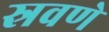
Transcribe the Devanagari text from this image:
स्रवणे